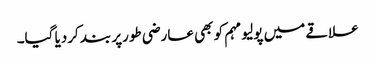
علاقے میں پولیو مہم کو بھی عارضی طورپر بند کردیا گیا۔